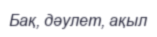
Бақ, дәулет, ақыл